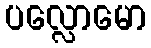
ပလ္လောမော